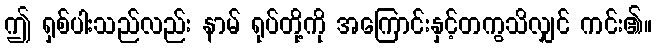
ဤ ရှစ်ပါးသည်လည်း နာမ် ရုပ်တို့ကို အကြောင်းနှင့်တကွသိလျှင် ကင်း၏။